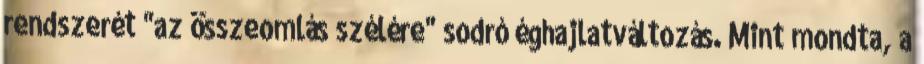
rendszerét "az összeomlás szélére" sodró éghajlatváltozás. Mint mondta, a